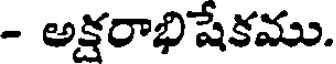
- అక్షరాభిషేకము.